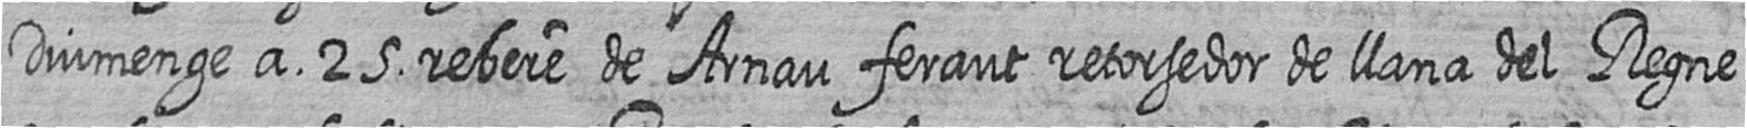
Diumenge a 25 rebere de Arnau feraut retorsedor de llana del Regne